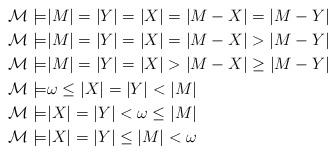
LaTeX: \begin{align*}\mathcal M \models &|M|=|Y|=|X|=|M-X| = |M-Y| \\\mathcal M \models &|M|=|Y|=|X|=|M-X| >|M-Y| \\\mathcal M \models &|M|=|Y|=|X|>|M-X|\geq |M-Y| \\\mathcal M \models & \omega\leq |X|=|Y| < |M| \\\mathcal M \models &|X|=|Y|<\omega \leq |M| \\\mathcal M \models &|X|=|Y|\leq|M|<\omega\end{align*}